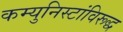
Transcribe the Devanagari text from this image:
कम्युनिस्टांविरूद्ध